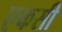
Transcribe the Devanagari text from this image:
एकसी